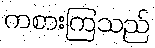
ကစားကြသည်